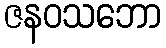
ဇနဝသဘော